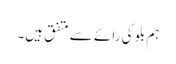
ہم بلو کی رائے سے متفق ہیں۔